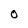
Character: O